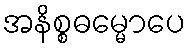
အနိစ္စဓမ္မောပေ